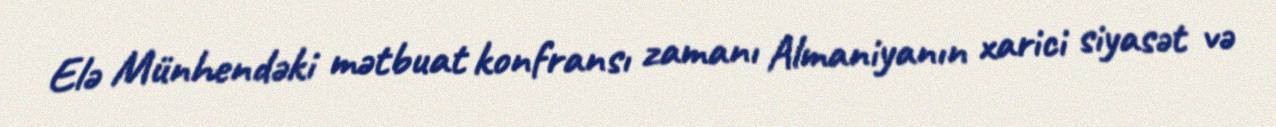
Elə Münhendəki mətbuat konfransı zamanı Almaniyanın xarici siyasət və